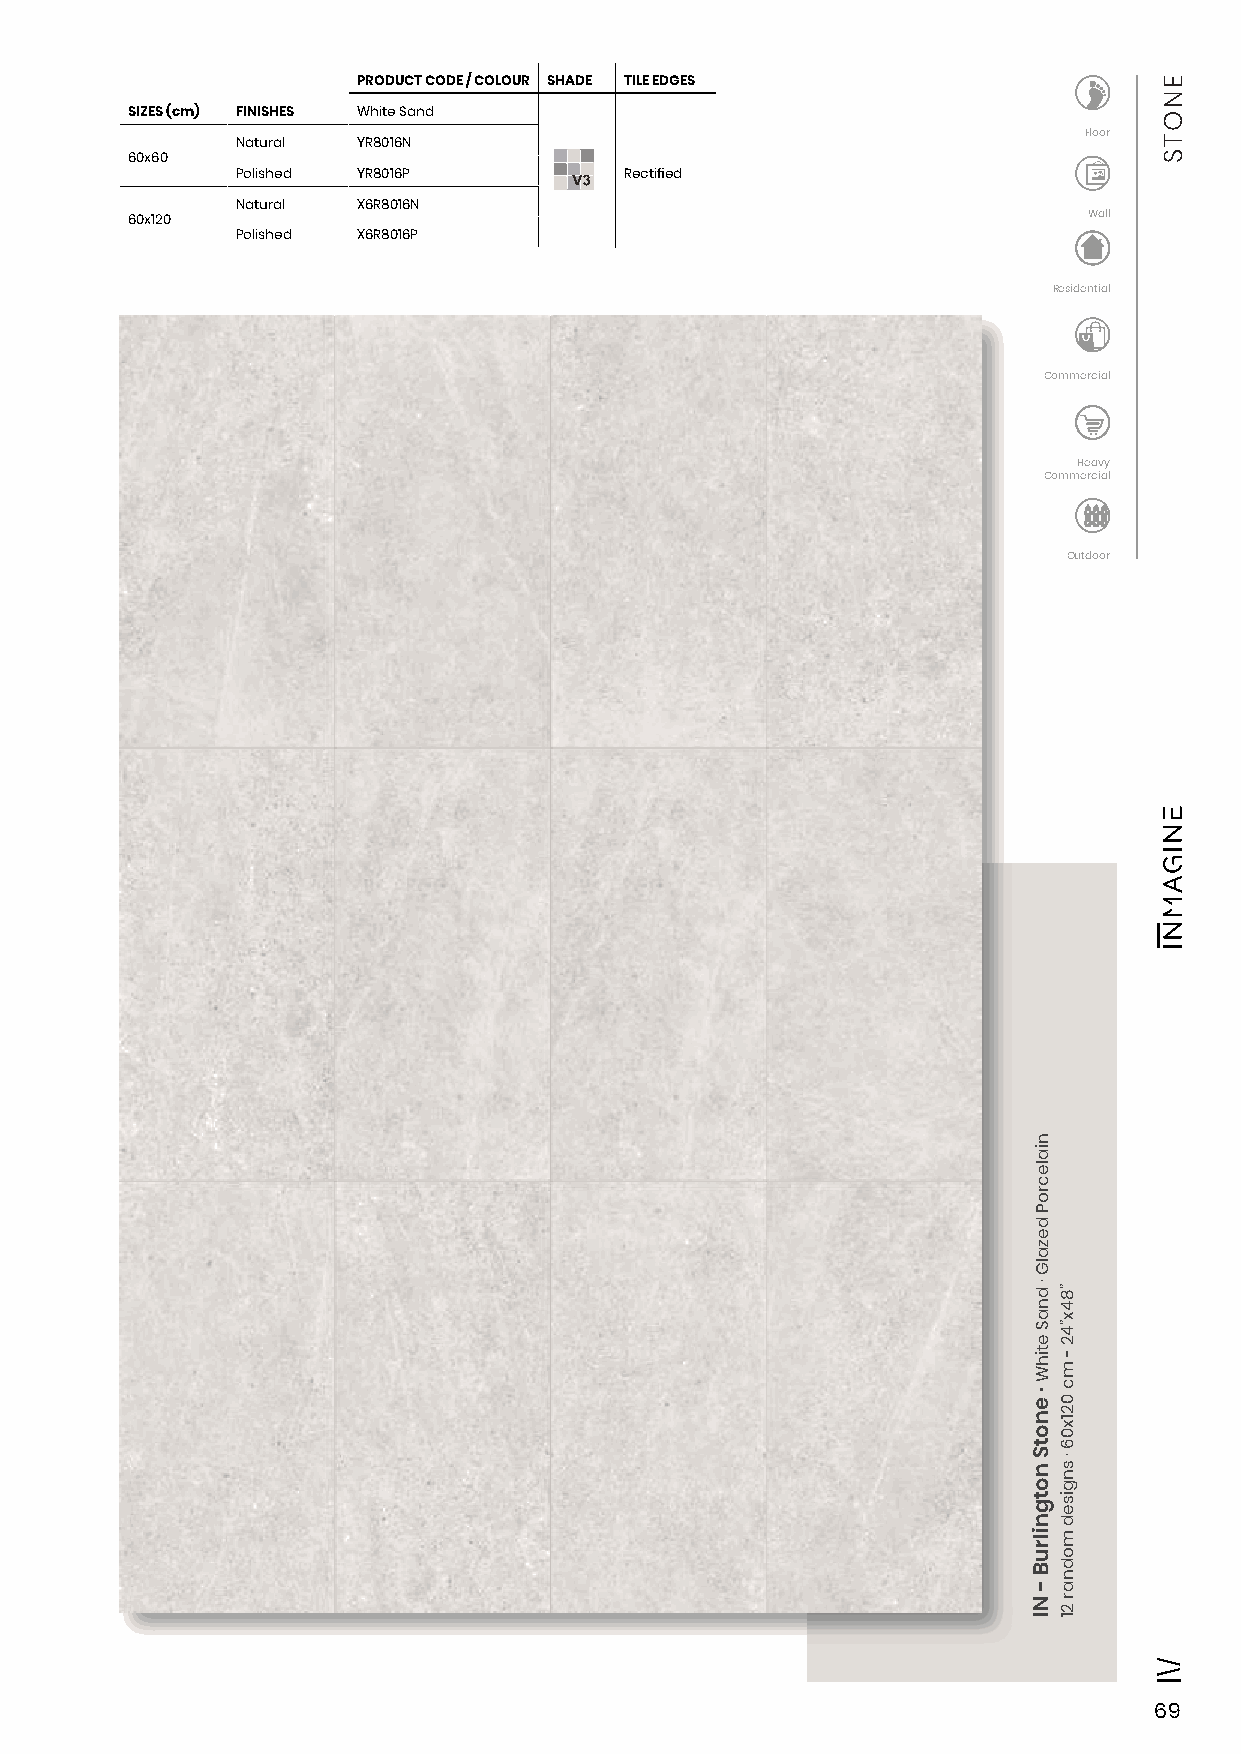
PRODUCT CODE / COLOUR SHADE TILE EDGES
 SIZES (cm) FINISHES White Sand
 Floor
 Natural YR8016N
 60x60
 Polished YR8016P         Rectified
 Natural X6R8016N
 60x120                                                          Wall
 Polished X6R8016P
 Residential
 Commercial
 Heavy
 Commercial
 Outdoor
 69
 nialecroP
 dezalG
 · dnaS
 etihW
 ·
 enotS
 notgnilruB
 -
 NI
 ”84x”42
 -
 mc
 021x06
 ·
 sngised
 modnar
 21
 ENOTS